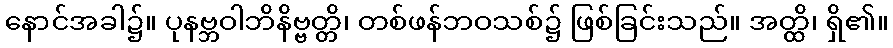
နောင်အခါ၌။ ပုနဗ္ဘဝါဘိနိဗ္ဗတ္တိ၊ တစ်ဖန်ဘဝသစ်၌ ဖြစ်ခြင်းသည်။ အတ္ထိ၊ ရှိ၏။